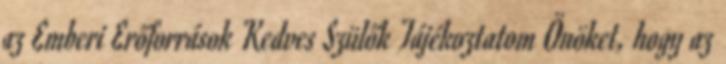
az Emberi Erőforrások Kedves Szülők Tájékoztatom Önöket, hogy az